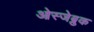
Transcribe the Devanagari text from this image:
ओस्जेब्रुक